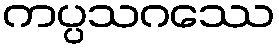
ကပ္ပသဂဿေ